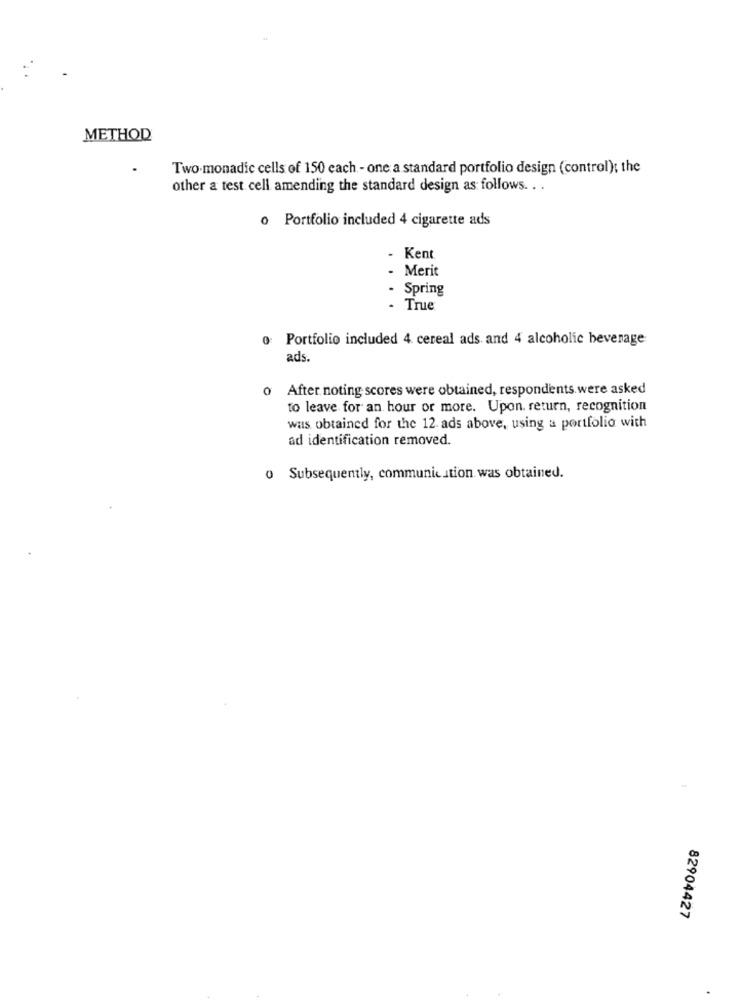
METHOD
Two.monadic cells of 150 each - one a standard portfolio design (control); the
other a test cell amending the standard design as follows .. .
o Portfolio included 4 cigarette ads
Kent
- Merit
Spring
. True
0: Portfolio included 4. cereal ads and 4 alcoholic beverage
ads.
0 After noting scores were obtained, respondents were asked
to leave for an hour or more. Upon. return, recognition
was obtained for the 12 ads above, using a portfolio with
ad identification removed.
o Subsequently, communication was obtained.
1
82904427